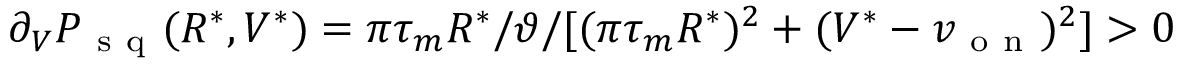
\partial _ { V } P _ { \mathrm { ~ s ~ q ~ } } ( R ^ { * } , V ^ { * } ) = \pi \tau _ { m } R ^ { * } / \vartheta / [ ( \pi \tau _ { m } R ^ { * } ) ^ { 2 } + ( V ^ { * } - v _ { \mathrm { ~ o ~ n ~ } } ) ^ { 2 } ] > 0